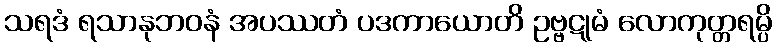
သရဒံ ရသာနုဘဝနံ အပဿတံ ပဒကာယောတိ ဥဗ္ဗဋုမံ လောကုတ္တရမ္ပိ